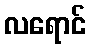
လရောင်